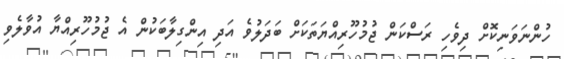
ހުންނަވަނިކޮށް ދިވެހި ރަސްކަން ޖުމުހޫރިއްޔަތަކަށް ބަދަލުވެ އަދި އިންގިލާބަކުން އެ ޖުމުހޫރިއްޔާ އުވާލެވި